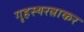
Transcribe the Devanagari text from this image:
गृहस्थरत्नाकर